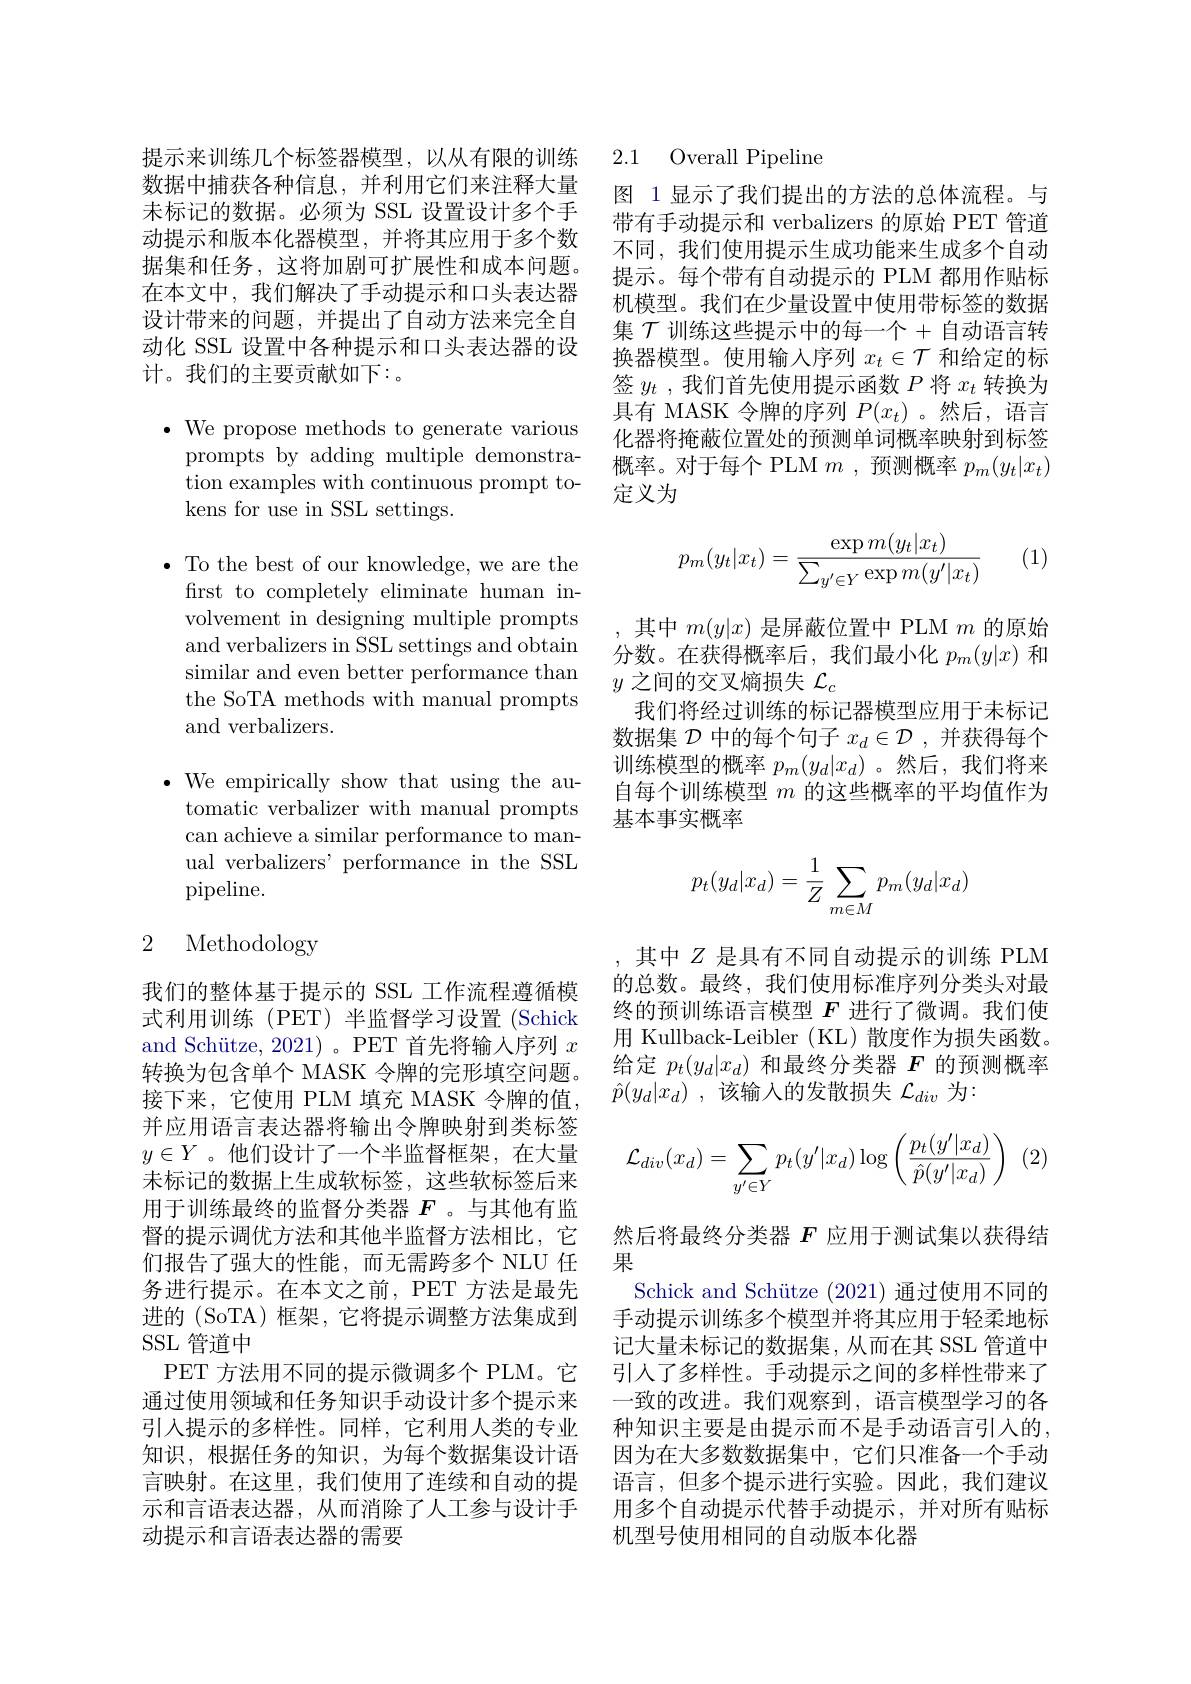
提示来训练几个标签器模型，以从有限的训练数据中捕获各种信息，并利用它们来注释大量未标记的数据。必须为 SSL 设置设计多个手动提示和版本化器模型，并将其应用于多个数据集和任务，这将加剧可扩展性和成本问题。在本文中，我们解决了手动提示和口头表达器设计带来的问题，并提出了自动方法来完全自动化 SSL 设置中各种提示和口头表达器的设计。我们的主要贡献如下：。

$\bullet$ We propose methods to generate various prompts by adding multiple demonstration examples with continuous prompt tokens for use in SSL settings.

$\bullet$ To the best of our knowledge, we are the
first to completely eliminate human involvement in designing multiple prompts and verbalizers in SSL settings and obtain 分数。在获得概率后，我们最小化 $p_m(y|x)$ 和
similar and even better performance than the SoTA methods with manual prompts and verbalizers.

$\bullet$ We empirically show that using the au-
tomatic verbalizer with manual prompts can achieve a similar performance to manual verbalizers' performance in the SSL pipeline.

## 2 Methodology

我们的整体基于提示的 SSL 工作流程遵循模式利用训练(PET)半监督学习设置(Schick and Schütze, 2021)。PET 首先将输入序列$x$ 转换为包含单个 MASK 令牌的完形填空问题。接下来，它使用 PLM 填充 MASK 令牌的值， 并应用语言表达器将输出令牌映射到类标签$y\in Y$ 。他们设计了一个半监督框架，在大量未标记的数据上生成软标签，这些软标签后来用于训练最终的监督分类器$F$ 。与其他有监督的提示调优方法和其他半监督方法相比，它们报告了强大的性能，而无需跨多个 NLU 任务进行提示。在本文之前，PET 方法是最先进的 (SoTA) 框架，它将提示调整方法集成到SSL 管道中
PET 方法用不同的提示微调多个 PLM。它通过使用领域和任务知识手动设计多个提示来引入提示的多样性。同样，它利用人类的专业知识，根据任务的知识，为每个数据集设计语言映射。在这里，我们使用了连续和自动的提示和言语表达器，从而消除了人工参与设计手动提示和言语表达器的需要

### 2.1 Overall Pipeline

图 1 显示了我们提出的方法的总体流程。与带有手动提示和 verbalizers 的原始 PET 管道不同，我们使用提示生成功能来生成多个自动提示。每个带有自动提示的 PLM 都用作贴标机模型。我们在少量设置中使用带标签的数据集 $\mathcal{T}$ 训练这些提示中的每一个+自动语言转换器模型。使用输入序列$x_t\in\mathcal{T}$和给定的标签$y_t$ ,我们首先使用提示函数$P$将$x_t$转换为具有 MASK 令牌的序列$P(x_t)$ 。然后，语言化器将掩蔽位置处的预测单词概率映射到标签概率。对于每个 PLM $m$ ,预测概率$p_m(y_t|x_t)$ 定义为

(1)
$$p_m(y_t|x_t)=\frac{\exp m(y_t|x_t)}{\sum_{y'\in Y}\exp m(y'|x_t)}$$
,其中$m(y|x)$是屏蔽位置中 PLM $m$的原始
$y$之间的交叉熵损失$\mathcal{L}_c$
我们将经过训练的标记器模型应用于未标记数据集$\mathcal{D}$中的每个句子$x_d\in\mathcal{D}$,并获得每个训练模型的概率$p_m(y_d|x_d)$ 。然后，我们将来自每个训练模型$m$的这些概率的平均值作为基本事实概率
$$p_t(y_d|x_d)=\dfrac{1}{Z}\sum_{m\in M}p_m(y_d|x_d)$$
其中$Z$是具有不同自动提示的训练 PLM 的总数。最终，我们使用标准序列分类头对最终的预训练语言模型$F$进行了微调。我们使用 Kullback-Leibler (KL) 散度作为损失函数。给定$p_t(y_d|x_d)$和最终分类器$F$的预测概率$\hat{p} ( y_d| x_d)$ ,该输入的发散损失$\mathcal{L}_div$为：

(2)
$$\mathcal{L}_{div}(x_d)=\sum_{y'\in Y}p_t(y'|x_d)\log\left(\frac{p_t(y'|x_d)}{\hat{p}(y'|x_d)}\right)$$
然后将最终分类器$F$应用于测试集以获得结
果
Schick and Schütze (2021)通过使用不同的手动提示训练多个模型并将其应用于轻柔地标记大量未标记的数据集，从而在其 SSL 管道中引人了多样性。手动提示之间的多样性带来了一致的改进。我们观察到，语言模型学习的各种知识主要是由提示而不是手动语言引入的， 因为在大多数数据集中，它们只准备一个手动语言，但多个提示进行实验。因此，我们建议用多个自动提示代替手动提示，并对所有贴标机型号使用相同的自动版本化器